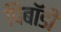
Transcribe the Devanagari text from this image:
पिबॉडी